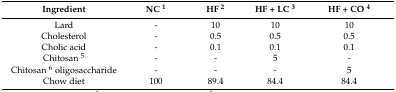
<table><thead><tr><td><b>Ingredient</b></td><td><b>NC <sup>1</sup></b></td><td><b>HF <sup>2</sup></b></td><td><b>HF + LC <sup>3</sup></b></td><td><b>HF + CO <sup>4</sup></b></td></tr></thead><tbody><tr><td>Lard</td><td>-</td><td>10</td><td>10</td><td>10</td></tr><tr><td>Cholesterol</td><td>-</td><td>0.5</td><td>0.5</td><td>0.5</td></tr><tr><td>Cholic acid</td><td>-</td><td>0.1</td><td>0.1</td><td>0.1</td></tr><tr><td>Chitosan <sup>5</sup></td><td>-</td><td>-</td><td>5</td><td>-</td></tr><tr><td>Chitosan <sup>6</sup> oligosaccharide</td><td>-</td><td>-</td><td>-</td><td>5</td></tr><tr><td>Chow diet</td><td>100</td><td>89.4</td><td>84.4</td><td>84.4</td></tr></tbody></table>